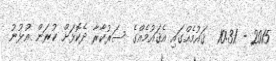
2015 - 10:31  ޤައުމެއްގައި އެޤައުމެއްގެ ސަރުކާރާ ދެކޮޅަށް ކުރަން އުޅުނު